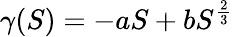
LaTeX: \gamma(S)=-aS+bS^{\frac{2}{3}}